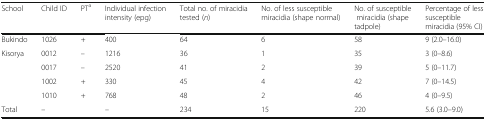
| School | Child ID | PTa | Individual infection intensity (epg) | Total no. of miracidia tested (n) | No. of less susceptible miracidia (shape normal) | No. of susceptible miracidia (shape tadpole) | Percentage of less susceptible miracidia (95% CI) |
 | --- | --- | --- | --- | --- | --- | --- | --- |
 | Bukindo | 1026 | + | 400 | 64 | 6 | 58 | 9 (2.0–16.0) |
 | <ROWSPAN=4> Kisorya | 0012 | – | 1216 | 36 | 1 | 35 | 3 (0–8.6) |
 | 0017 | – | 2520 | 41 | 2 | 39 | 5 (0–11.7) |
 | 1002 | + | 330 | 45 | 4 | 42 | 7 (0–14.5) |
 | 1010 | + | 768 | 48 | 2 | 46 | 4 (0–9.5) |
 | Total | – |  | – | 234 | 15 | 220 | 5.6 (3.0–9.0) |